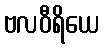
ဗလဝီရိယေ